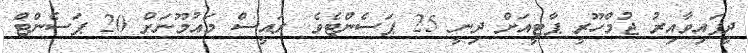
ދީފައިވާއިރު ޖުމްހޫރީ ޕާޓީއަށް ދިނީ 25 ޕަސެންޓެވެ. ރައީސް މައުމޫނަށް 20 ޕަސެންޓް